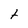
Character: t